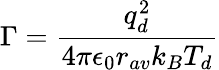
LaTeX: \Gamma=\frac{q_{d}^{2}}{4\pi\epsilon_{0}r_{av}k_{B}T_{d}}